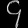
Digit: ၄